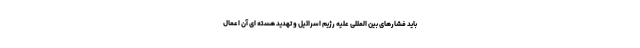
باید فشارهای بین المللی علیه رژیم اسرائیل و تهدید هسته ای آن اعمال